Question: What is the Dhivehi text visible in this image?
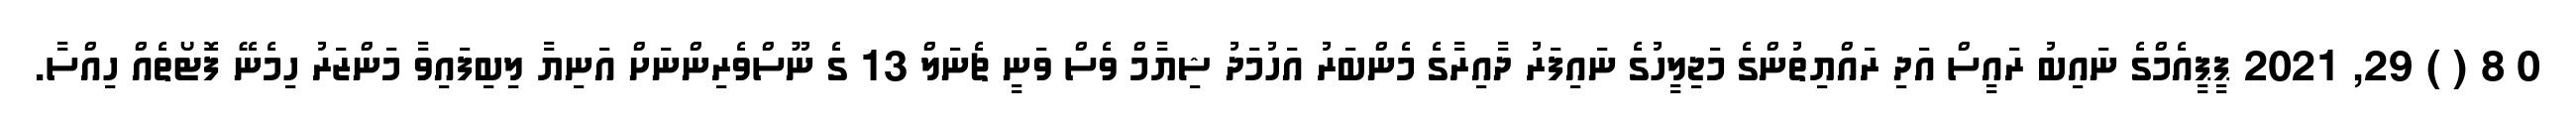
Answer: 0 8 ( ) 29, 2021 ޕީޕީއެމްގެ ނައިބު ރައީސް އަދި ރައްޔިތުންގެ މަޖިލީހުގެ ނައިފަރު ދާއިރާގެ މެންބަރު އަހުމަދު ޝިޔާމް ވެސް ވަނީ ޗެނަލް 13 ގެ ނޫސްވެރިންނަށް އަނިޔާ ލިބިފައިވާ މަންޒަރު ހިމެނޭ ފޮޓޯތެއް ހިއްސާ.